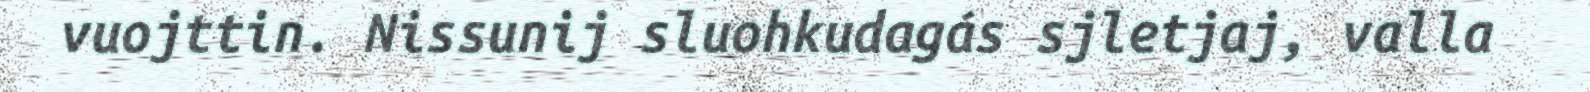
vuojttin. Nissunij sluohkudagás sjletjaj, valla